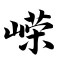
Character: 嵘